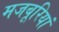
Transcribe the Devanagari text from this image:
मजबूरियां